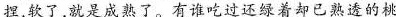
捏，软了，就是成熟了。有谁吃过还绿着却已熟透的桃